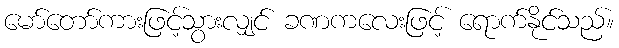
မော်တော်ကားဖြင့်သွားလျှင် ခဏကလေးဖြင့် ရောက်နိုင်သည်။